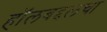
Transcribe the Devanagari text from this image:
हॉलबद्दलचा